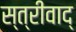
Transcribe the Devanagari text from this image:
स्त्रीवाद्